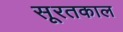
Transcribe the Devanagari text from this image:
सूरतकाल